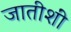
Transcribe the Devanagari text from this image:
जातीशीं